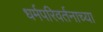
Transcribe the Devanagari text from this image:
धर्मपरिवर्तनाच्या